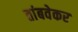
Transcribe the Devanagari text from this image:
तांबवेकर